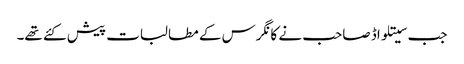
جب سیتلواڈ صاحب نے کانگرس کے مطالبات پیش کئے تھے۔